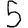
Digit: 5